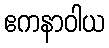
ဧကနာဝါယ